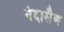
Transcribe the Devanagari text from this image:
नंदासैण